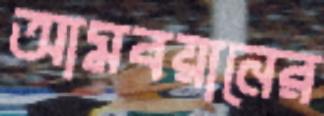
আমবয়ানের